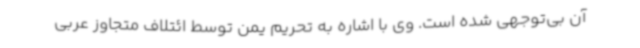
آن بی‌توجهی شده است. وی با اشاره به تحریم یمن توسط ائتلاف متجاوز عربی